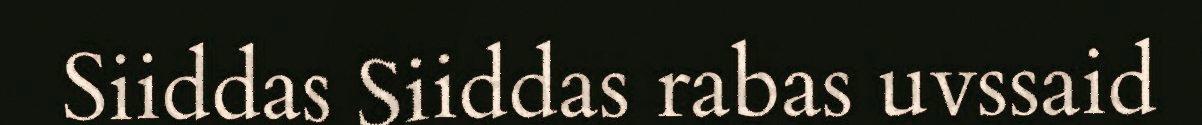
Siiddas Siiddas rabas uvssaid